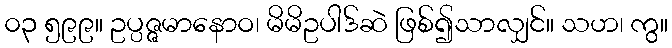
၀၃ ၅၉၉။ ဥပ္ပဇ္ဇမာနောဝ၊ မိမိဥပါဒ်ဆဲ ဖြစ်၍သာလျှင်။ သဟ၊ ကွ။